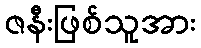
ဇနီးဖြစ်သူအား